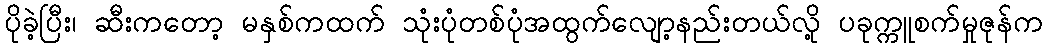
ပိုခဲ့ပြီး၊ ဆီးကတော့ မနှစ်ကထက် သုံးပုံတစ်ပုံအထွက်လျော့နည်းတယ်လို့ ပခုက္ကူစက်မှုဇုန်က